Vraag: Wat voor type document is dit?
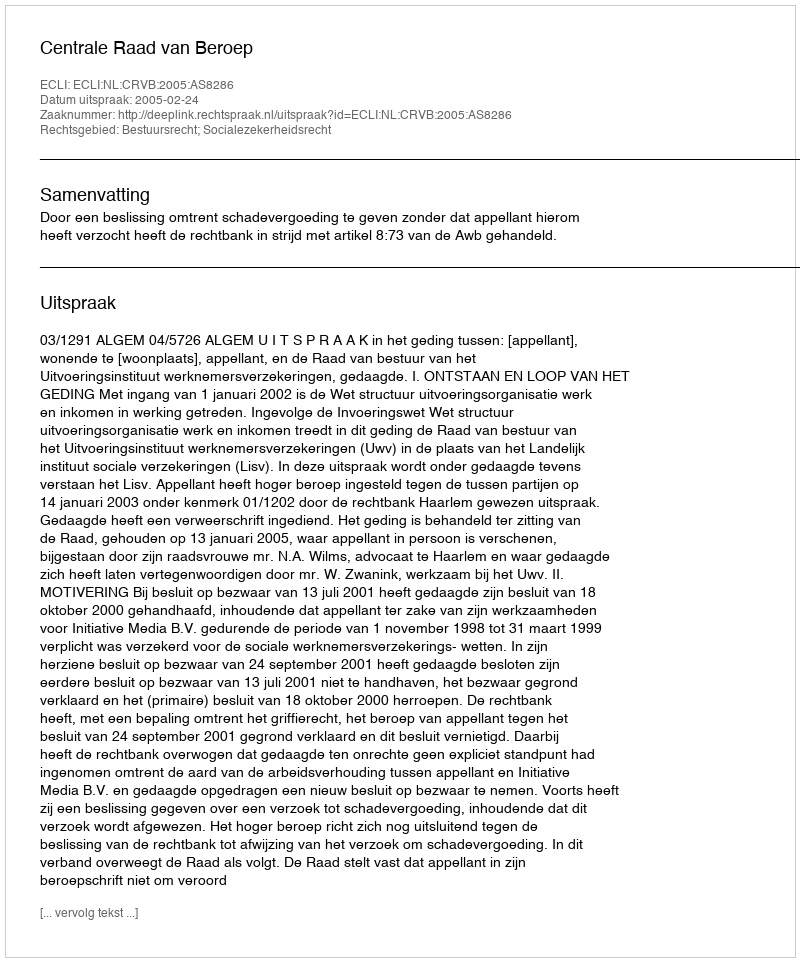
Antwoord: Uitspraak